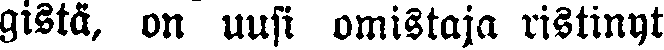
gistä, on uusi omistaja ristinyt